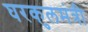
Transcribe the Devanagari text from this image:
घरकुलमंत्री